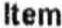
ITEM